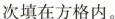
次填在方格内。